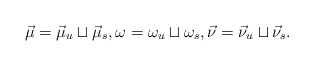
\begin{align*} \vec{\mu} =\vec{\mu}_u \sqcup \vec{\mu}_s, \omega= \omega_u \sqcup \omega_s, \vec{\nu} =\vec{\nu}_u \sqcup \vec{\nu}_s.\end{align*}